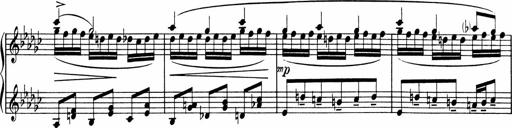
Title: Sonatine pour piano
Composer: Albert Roussel